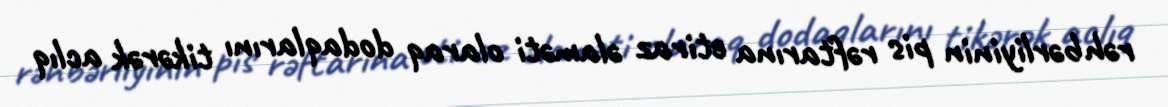
rəhbərliyinin pis rəftarına etiraz əlaməti olaraq dodaqlarını tikərək aclıq